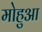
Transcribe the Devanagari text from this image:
मोहुआ